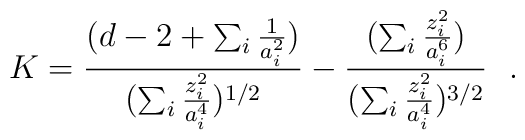
K={(d-2+\sum_i {1\over a^2_i})\over (\sum_i{z^2_i\over a^4_i})^{1/2}}-{(\sum_i{z^2_i\over a^6_i})\over (\sum_i {z^2_i\over a^4_i})^{3/2}}~~.